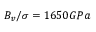
B _ { v } / \sigma = 1 6 5 0 G P a